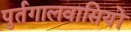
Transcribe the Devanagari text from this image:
पुर्तगालवासियों